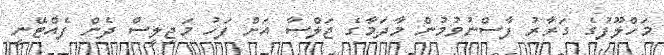
މަހްލޫފުގެ ގަރާރު ފާސްނުވުމުން މާދަމާގެ ޖަލްސާ އަށް ފަހު މަޖިލީސް ދެން ފެއްޓޭނީ